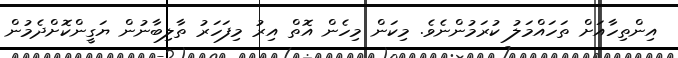
އިންތިހާއަށް ތަހައްމަލު ކުރަމުންނެވެ. މިކަން މިހެން އޮތް އިރު މިފަހަރު ތާލިބާނުން ޔަގީންކޮށްދެމުން